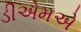
ડીએમએ